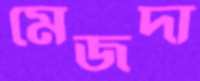
মেজদা